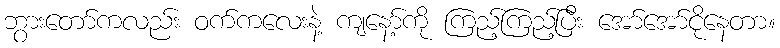
ဘွားတော်ကလည်း ဝက်ကလေးနဲ့ ကျနော့်ကို ကြည့်ကြည့်ပြီး အော်အော်ငိုနေတာ။